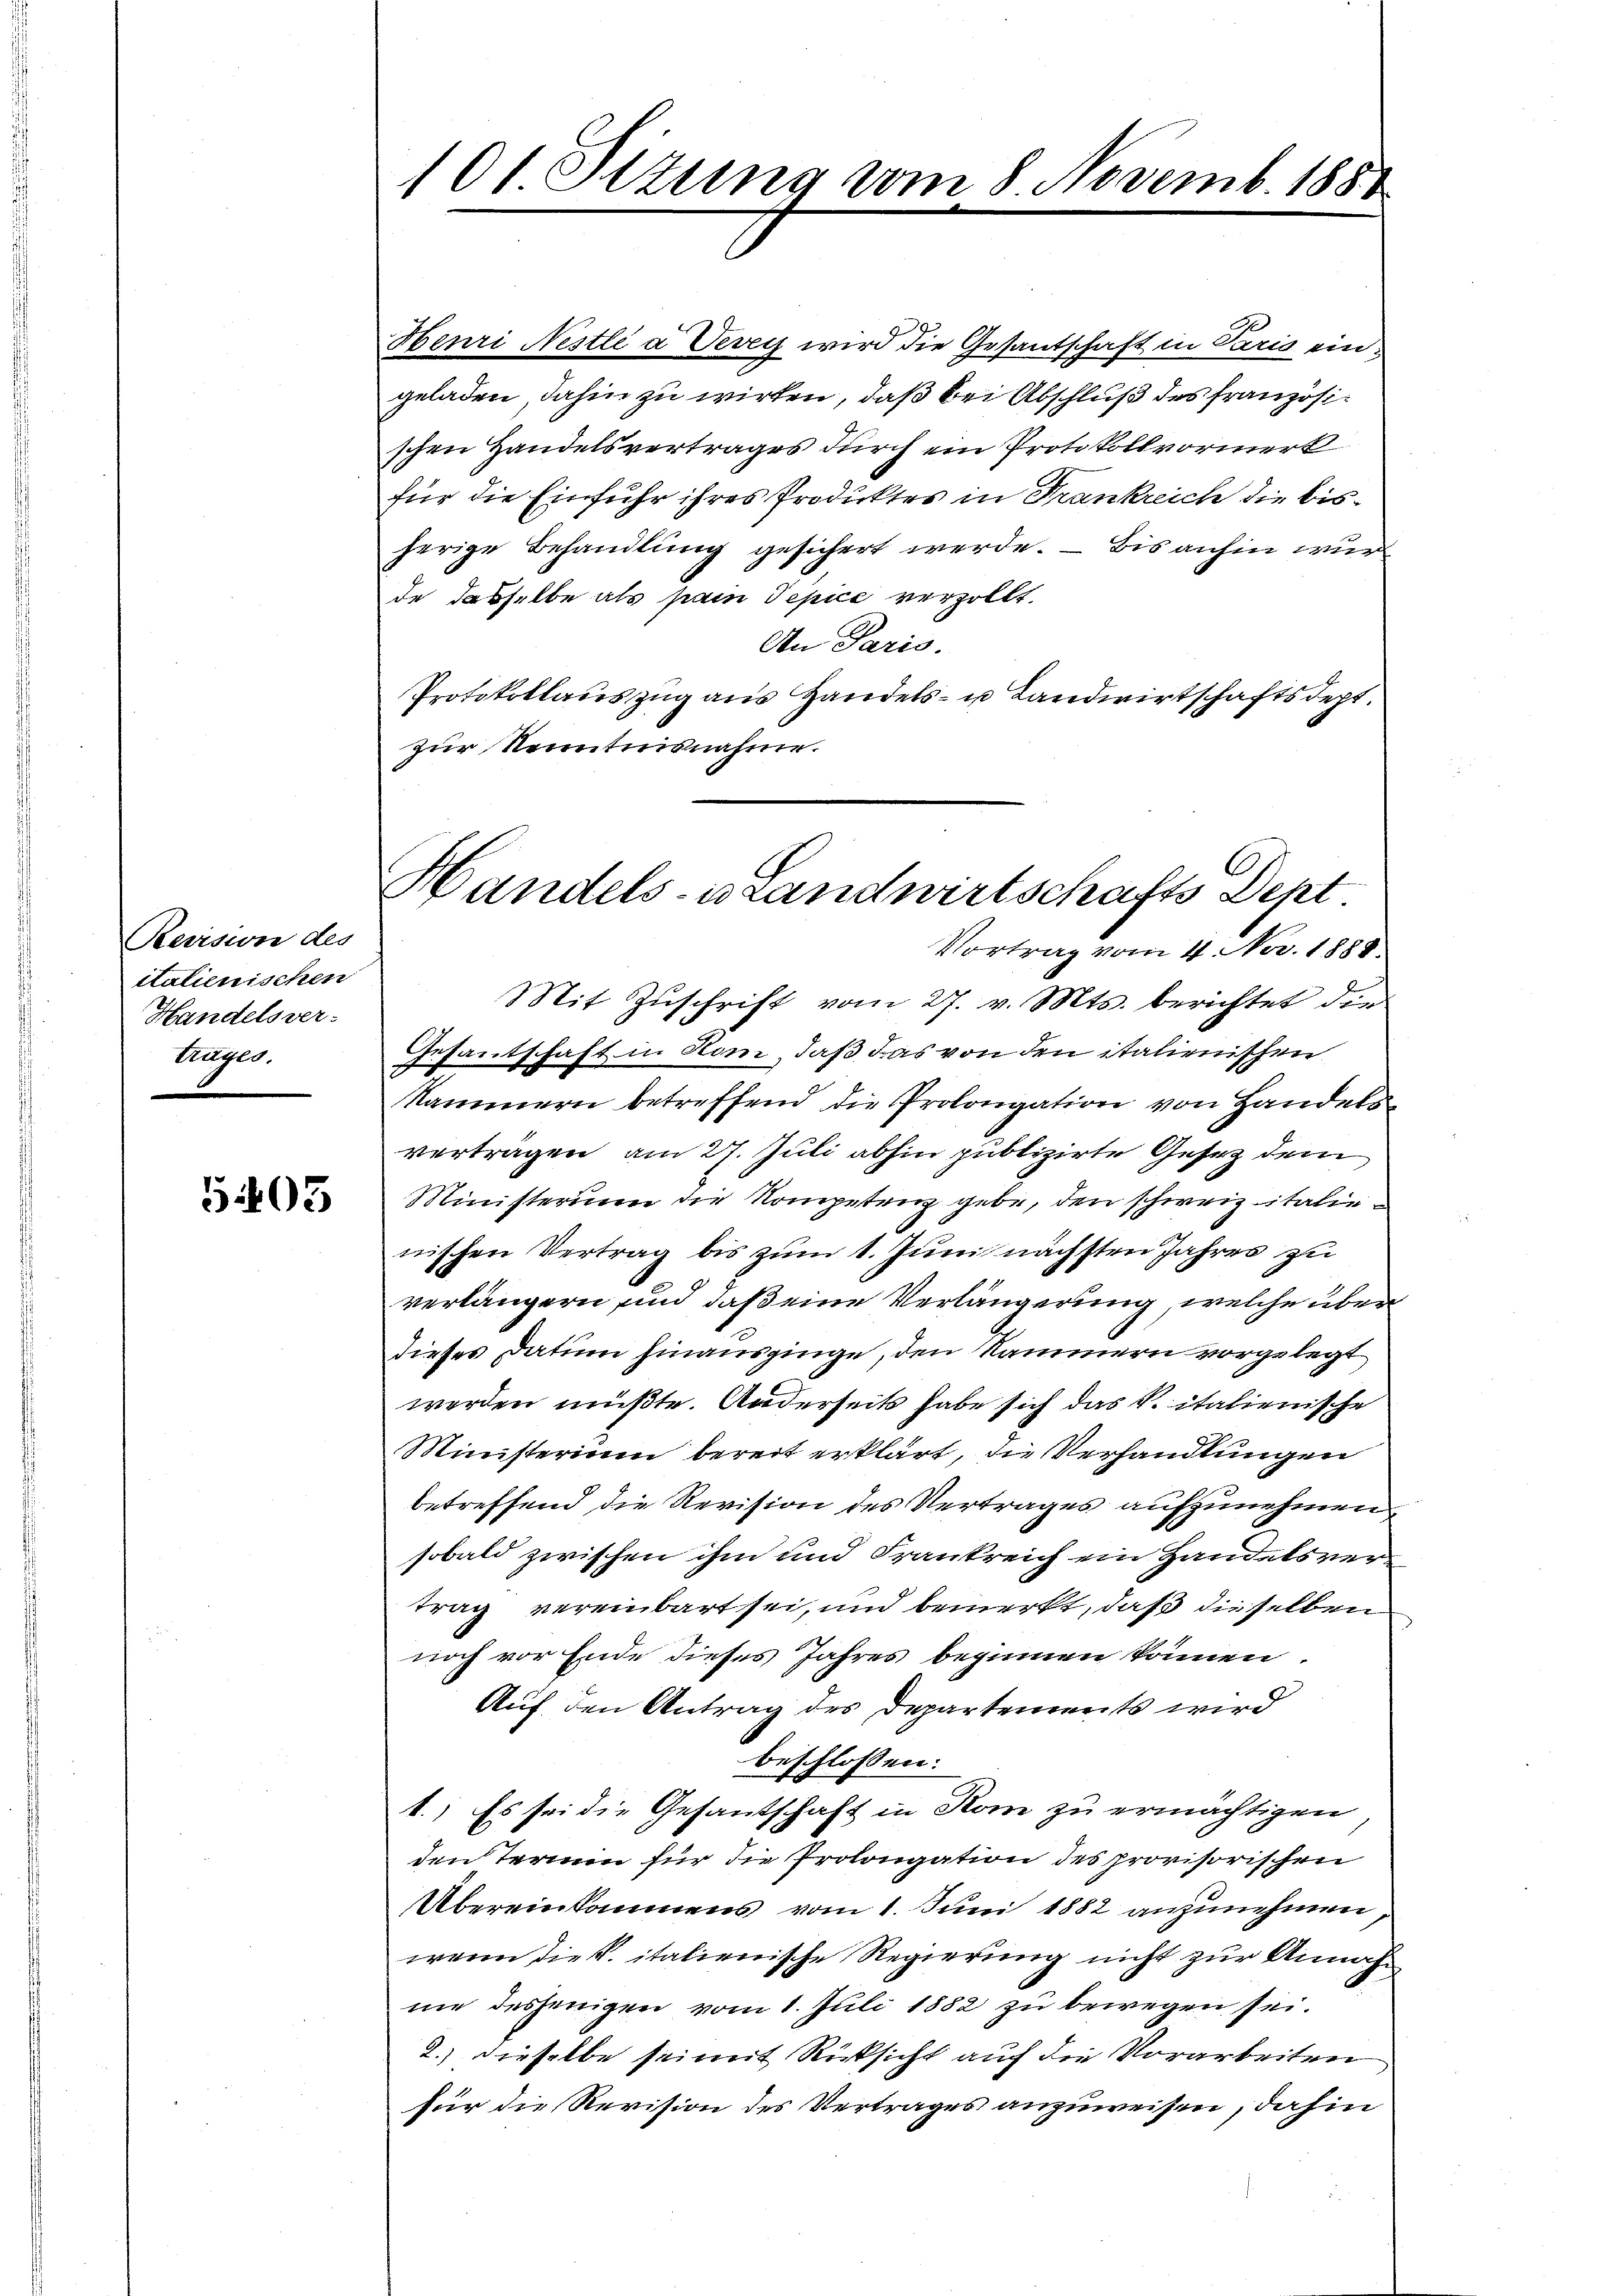
Revision des
italienischen
Handelsver-
trages.

5403

101. Sttung vom 8 Novemb. 1888

Handels- u Landwirtschafts Dept.

Henri Nestli a Vevey wird die Gesantschaft in Paris eingeladen, dahin zu wirken, daß bei Abschluß des französischen Handelsvertrages durch ein Protokollvormerk
für die Einfuhr ihres Produktes in Frankreich die bisherige Behandlung gesichert werde. – Bis anhin wur
de dasselbe als par Pepice verzollt.
An Paris.
Protokoklauszug aus Handels- u Landwirtschaftsdept.
zur Kenntnisnahme.
Vortrag vom 4. Nov. 1888.
Mit Zŭschrift vom 27. v. Mts. berichtet die
Gesantschaft in Hom, daß das von den italienischen
Kammern betreffend die Prolongation von Handels-
vertragen am 27. Juli abhin publizirte Gesetz dem
Ministerium die Kompetenz gebe, den schweiz italienischen Vertrag bis zum 1. Juni nächsten Jahres zu
verlängern und daß eine Verlängerung, welche über
dieses Datum hinausginge, den Kammern vorgelegt
werden müßte. Anderseits habe sich das k. italienische
Ministerium bereit erklärt, die Verhandlungen
betreffend die Revision des Vertrages aufzunehmen
sobald zwischen ihm und Frankreich ein Handelsvertrag vereinbart sei, und bemerkt, daß dieselben
noch vor Ende dieses Jahres beginnen können.
Auf den Antrag des Departements wird
beschlossen:
1.) Es sei die Gesandtschaft in Rom zu ermächtigen,
den Termin für die Prolongation des provisorischen
Übereinkommens vom 1. Juni 1882 anzunehmen
wenn die K. italienische Regierung nicht zur Annahnie desjenigen vom 1. Juli 1882 zu bewegen sei.
2.) dieselbe sei mit Rücksicht auch die Vorarbeiten
für die Revision des Vertrages anzuweisen, dahin